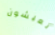
تعيشون